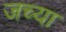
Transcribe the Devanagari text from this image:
जच्या